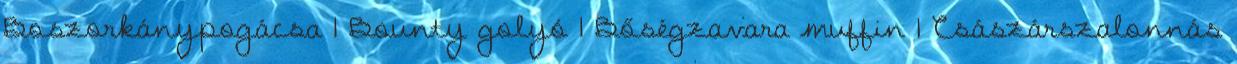
Boszorkánypogácsa 1 Bounty golyó 1 Bőségzavara muffin 1 Császárszalonnás